Sanitation, dispensaries and jails vaccination Rajputana 1922-1927 - 1922-1927
Year: 1922
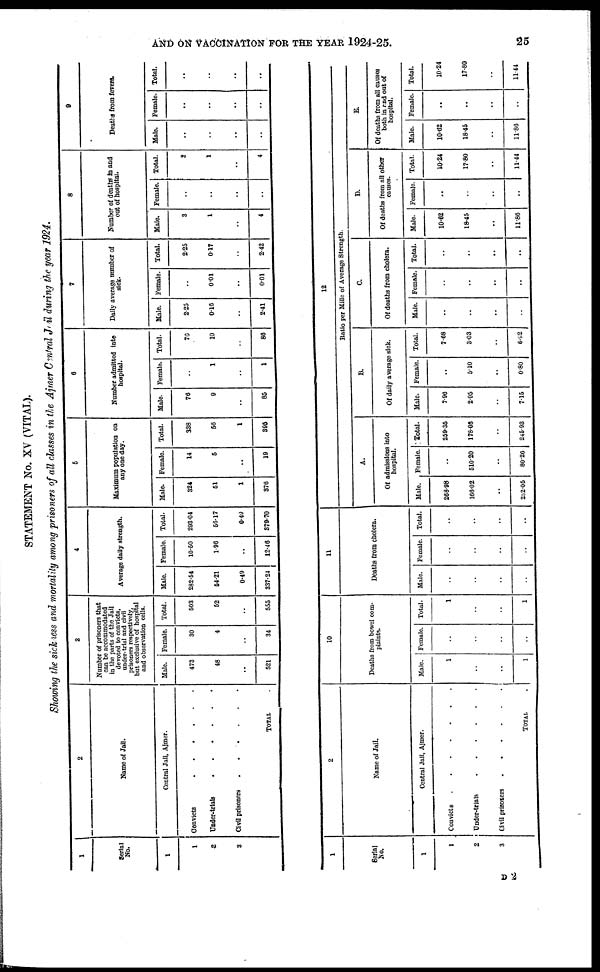
AND ON VACCINATION FOR THE YEAR 1924-25.
25
STATEMENT No. XV (VITAL).
Showing the sickness and mortality among prisoners of all classes in the Ajmer Central Jail during the year 1924.
1
Serial
No.
1
1
2
3
2
Name of Jail.
Central Jail, Ajmer.
Convicts ......
Under-trials ......
Civil prisoners ......
TOTAL .
3
Number of prisoners that
can be accommodated
in the parts of the Jail
devoted to convicts,
under-trial and civil
prisoners respectively.
but exclusive of hospital
and observation cells.
Male.
473
48
..
521
Female.
30
4
..
34
Total.
503
52
..
555
4
Average daily strength.
Male.
282.54
54.21
0.49
337.24
Female.
10.50
1.96
..
12.46
Total.
203.04
56.17
0.49
379.70
6
Maximum population on
any one day.
Male.
324
51
1
376
Female.
14
5
..
19
Total.
338
56
1
395
6
Number admitted into
hospital.
Male.
76
9
..
85
Female.
..
1
..
1
Total.
70
10
..
86
7
Daily average number of
sick.
Male.
2.25
0.16
..
2.41
Female.
..
0.01
..
0.01
Total.
2.25
0.17
..
2.42
8
Number of deaths in and
out of hospital.
Male.
3
1
..
4
Female.
..
..
..
..
Total.
3
1
..
4
9
Deaths from fevers.
Male.
..
..
..
..
Female.
..
..
..
..
Total.
..
..
..
..
1
Serial
No.
1
1
2
3
2
Name of Jail.
Central Jail, Ajmer.
Convicts ......
Under-trials ......
Civil prisoner
TOTAL .
10
Deaths from bowel com-
plaints.
Male.
1
..
..
1
Female.
..
..
..
..
Total.
1
..
..
1
11
Deaths from cholera.
Male.
..
..
..
..
Female.
..
..
..
..
Total.
..
..
..
..
12
Ratio per Mille of Average Strength.
A.
Of admissions into
hospital.
Male.
268.98
166.02
..
252.05
Female.
..
510.20
..
80.26
Total.
259.35
178.03
..
246.93
B.
Of daily average sick.
Male.
7.96
2.95
..
7.15
Female.
..
5.10
..
0.80
Total.
7.68
3.03
..
6.92
C.
Of deaths from cholera.
Male.
..
..
..
..
Female.
..
..
..
..
Total.
..
..
..
..
D.
Of deaths from all other
causes.
Male.
10.62
18.45
..
11.86
Female.
..
..
..
..
Total.
10.24
17.80
..
11.44
E.
Of deaths from all causes
both in and out of
hospital.
Male.
10.62
18.45
..
11.86
Female.
..
..
..
..
Total.
10.24
17.80
..
11.44
D2